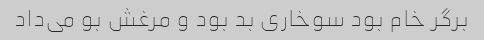
برگر خام بود سوخاری بد بود و مرغش بو می‌داد